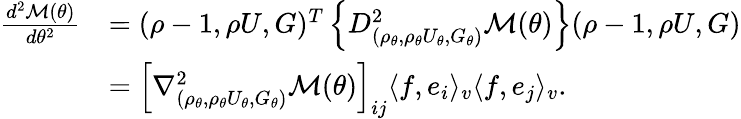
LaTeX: \begin{array}{rl}{\frac{d^{2}\mathcal{M}(\theta)}{d\theta^{2}}}&{=(\rho-1,\rho U,G)^{T}\left\{ D_{(\rho_{\theta},\rho_{\theta}U_{\theta},G_{\theta})}^{2}\mathcal{M}(\theta)\right\} (\rho-1,\rho U,G)}\\ &{=\left[\nabla_{(\rho_{\theta},\rho_{\theta}U_{\theta},G_{\theta})}^{2}\mathcal{M}(\theta)\right]_{ij}\langle f,e_{i}\rangle_{v}\langle f,e_{j}\rangle_{v}.}\end{array}